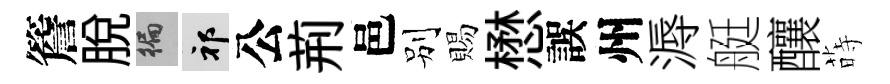
簷脱徧祁公荊邑别賜懋誤州溽艇釀蒔